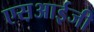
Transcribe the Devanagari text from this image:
एस़आई़जी